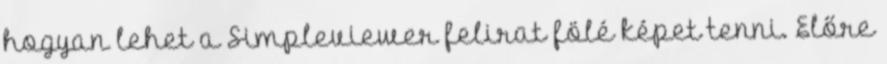
hogyan lehet a Simpleviewer felirat fölé képet tenni. Előre